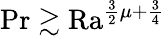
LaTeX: \operatorname*{Pr}\gtrsim\mathrm{{Ra}}^{\frac 32\mu+\frac 34}